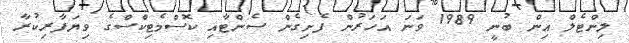
ލިންޓެލް އިން ބުނީ 1989 ވަނަ އަހަރުން ފެށިގެން ސެންޓާއި ކޮސްމެޓިކްސްގެ ވިޔަފާރިކުރާ